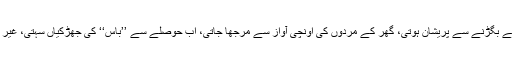
وہ جو ’’بابا‘‘ کی ڈانٹ سے سہم جاتی، ’’ہنی‘‘ کے بگڑنے سے پریشان ہوتی، گھر کے مردوں کی اونچی آواز سے مرجھا جاتی، اب حوصلے سے ’’باس‘‘ کی جھڑکیاں سہتی، غیر مردوں کے پھٹے دیدے ’نظرانداز‘ کرتی، ’’کو۔